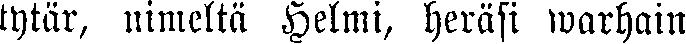
tytär, nimellä Helmi, heräsi warhain